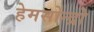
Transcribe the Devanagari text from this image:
हेमसोन्द्रो